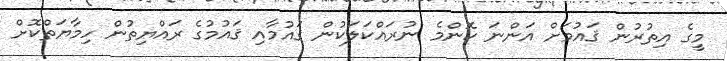
މީގެ އިތުރުން ޤައުމަށް އަންނަ ކޮންމެ ނުރައްކަލަކުން ޤައުމާއި ޤައުމުގެ ރައްޔިތުން ހިމާޔަތްކޮށް